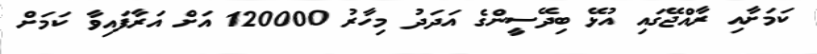
ކަމަށާއި ރާއްޖޭގައި އުޅޭ ބިދޭސީންގެ އަދަދު މިހާރު 120000 އަށް އަރާފައިވާ ކަމަށް